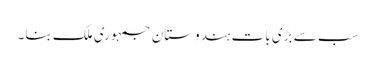
سب سے بڑی بات ہندوستان جمہوری ملک بنا۔